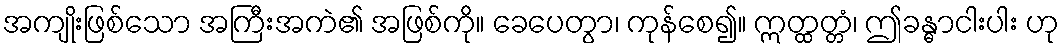
အကျိုးဖြစ်သော အကြီးအကဲ၏ အဖြစ်ကို။ ခေပေတွာ၊ ကုန်စေ၍။ ဣတ္ထတ္တံ၊ ဤခန္ဓာငါးပါး ဟု